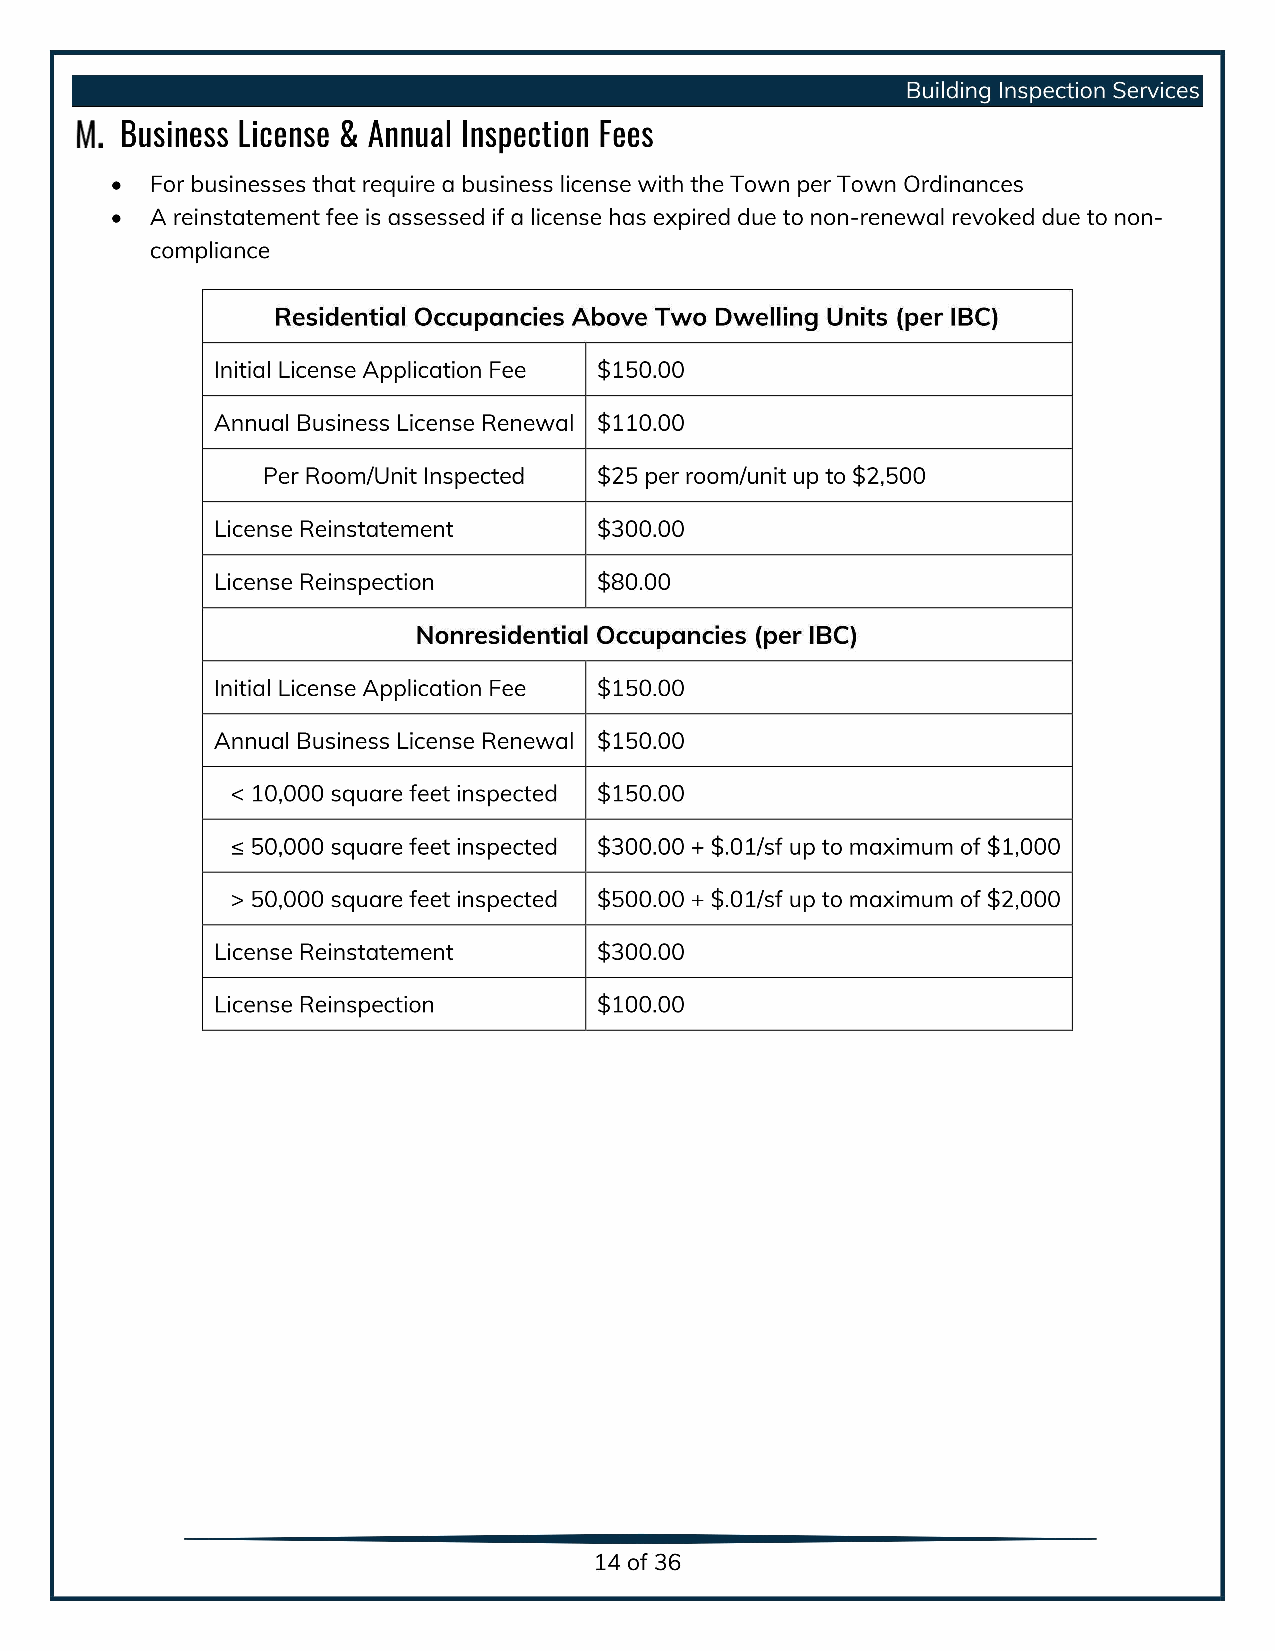
Building Inspection Services
 Business License & Annual Inspection Fees
 For businesses thatrequire abusiness license with theTown per Town Ordinances
 A reinstatement fee isassessed ifalicense hasexpired due tonon-renewal revoked due tonon-
 compliance
 Residential Occupancies Above Two Dwelling Units (per IBC)
 Initial License Application Fee $ 150.00
 Annual Business License Renewal $ 110.00
 Per Room/Unit Inspected $ 25 per room/unit up to $2,500
 License Reinstatement $   300.00
 License Reinspection $    80.00
 Nonresidential Occupancies (per IBC)
 Initial License Application Fee $ 150.00
 Annual Business License Renewal $ 150.00
 10,000 square feet inspected $ 150.00
 50,000 square feet inspected $ 300.00 + $.01/sfuptomaximum of $1,000
 50,000 square feet inspected $ 500.00 + $.01/sfuptomaximum of $2,000
 License Reinstatement $   300.00
 License Reinspection $    100.00
 14of36